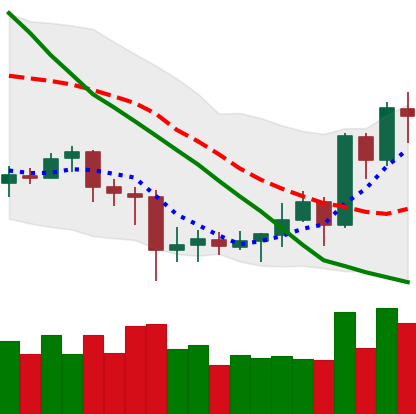
Ticker: EOS-USD
Chart end date: 2020-07-09
Forward return: -3.775%
Label: down_3_5